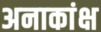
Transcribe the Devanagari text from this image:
अनाकांक्ष